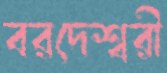
বরদেশ্বরী